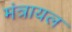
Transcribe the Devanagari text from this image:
मंत्रायल